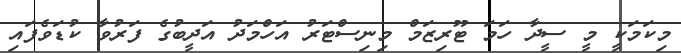
މިކަމަކީ މީ ސީދާ ހަމަ ޓޫރިޒަމް މިނިސްޓަރު އަހްމަދު އަދީބުގެ ފަރުވާ ކުޑަވެފައި